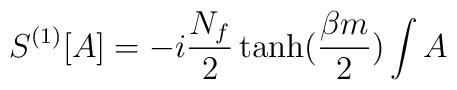
S^{(1)}[A]=-i\frac{N_f}{2}\tanh(\frac{\beta m}{2}) \int A